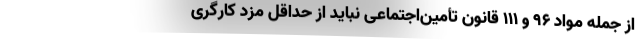
از جمله مواد ۹۶ و ۱۱۱ قانون تأمین‌اجتماعی نباید از حداقل مزد کارگری